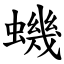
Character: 蟣